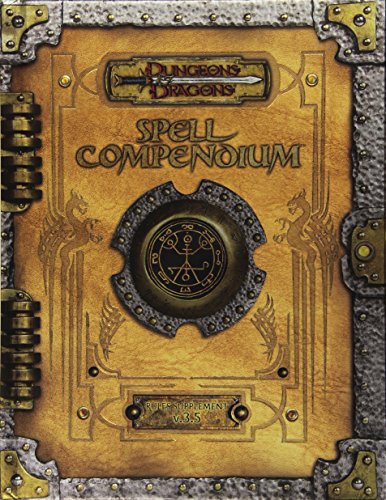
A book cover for Premium 3.5 Edition Dungeons & Dragons Spell Compendium (D&D Accessory); Wizards RPG Team; Science Fiction & Fantasy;